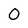
Character: 0